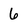
Character: 6